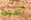
أعلم